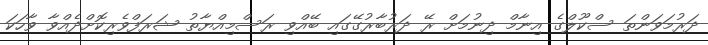
ދަރުމަވަންތަ ސްކޫލްގެ އިނާމް ދިނުމަށް ރޭ ދަރުބާރުގޭގައި ބޭއްވި ރަސްމިއްޔާތު ޝަރަފްވެރިކޮށްދެއްވާ ވާހަކަ